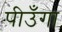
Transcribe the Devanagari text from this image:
पीउँगा